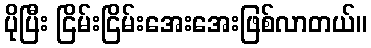
ပိုပြီး ငြိမ်းငြိမ်းအေးအေးဖြစ်လာတယ်။